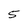
Character: 5